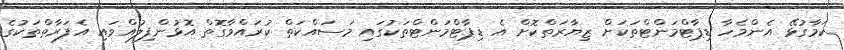
ކަމާގުޅޭ އެންމެހާ ޑިޕާޓްމަންޓްތަކަށް ޒިޔާރަތްކޮށް އެ ޑިޕާޓްމަންޓްތަކުގައި މަސައްކަތް ކުރައްވާގޮތް އޮޅުންފިލުއްވައި އެފަރާތްތަކުގެ